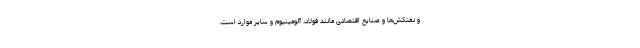
و نفتکش‌ها و صنایع اقتصادی مانند فولاد، آلومینیوم و سایر موارد است.